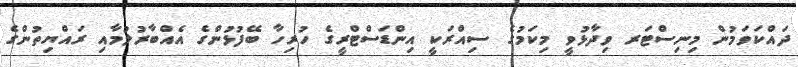
ދައްކަވަމުން މިނިސްޓަރ ވިދާޅުވީ މިކަމުގެ ސިއްރަކީ އިންޑަސްޓްރީގެ ހުރިހާ ބޭފުޅުންގެ އެއްބާރުލުމާއި ރައްޔިތުންގެ